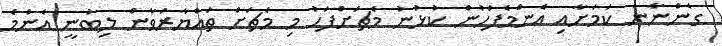
ގެންނާނެ ކަމަށާއި އެންމެފަހުން ކުޅުނު މެޗަށްފަހު މި މެޗަށް ތައްޔާރުވާން ލިބުނީ އެންމެ